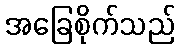
အခြေစိုက်သည်